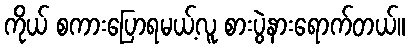
ကိုယ် စကားပြောရမယ့်လူ စားပွဲနားရောက်တယ်။